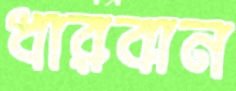
ধারবান